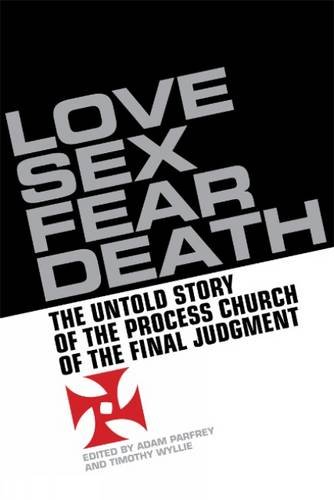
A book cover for Love, Sex, Fear, Death: The Inside Story of The Process Church of the Final Judgment; Religion & Spirituality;